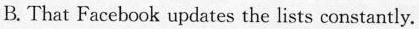
B. That Faccbok updates the lists constantly.